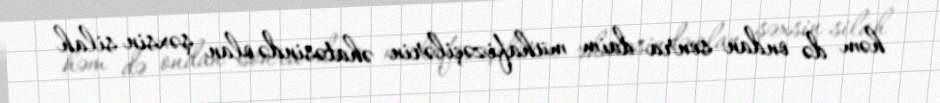
həm də ondan sonra daim mühafizəçilərin əhatəsində olan şəxsin silah